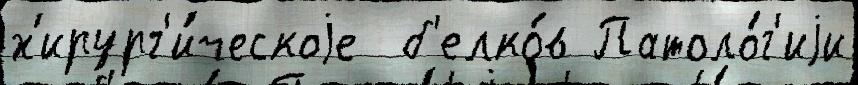
х'ирург'и́ческоjе  б'елко́в Патоло́г'иjи